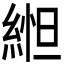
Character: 𬗥